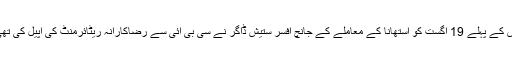
اس کے پہلے 19 اگست کو استھانا کے معاملے کے جانچ افسر ستیش ڈاگر نے سی بی آئی سے رضاکارانہ ریٹائرمنٹ کی اپیل کی تھی۔